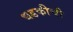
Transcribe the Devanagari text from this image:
धडकीची